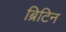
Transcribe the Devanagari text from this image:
ब्रिटिन